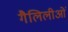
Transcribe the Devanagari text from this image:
गैलिलीओं